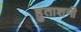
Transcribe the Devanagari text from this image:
हुताशनी